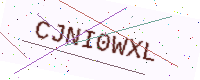
Text: CJNI0WXL